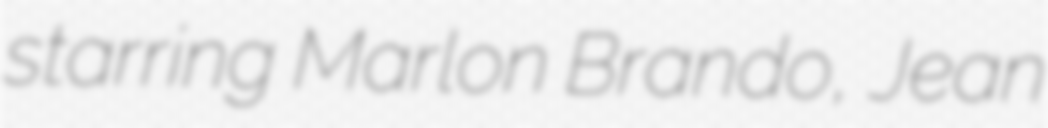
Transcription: starring Marlon Brando, Jean